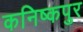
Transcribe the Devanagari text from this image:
कनिष्कपुर